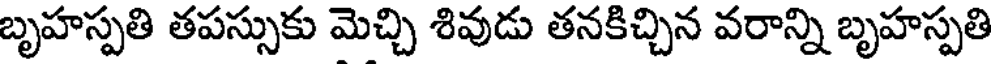
బృహస్పతి తపస్సుకు మెచ్చి శివుడు తనకిచ్చిన వరాన్ని బృహస్పతి